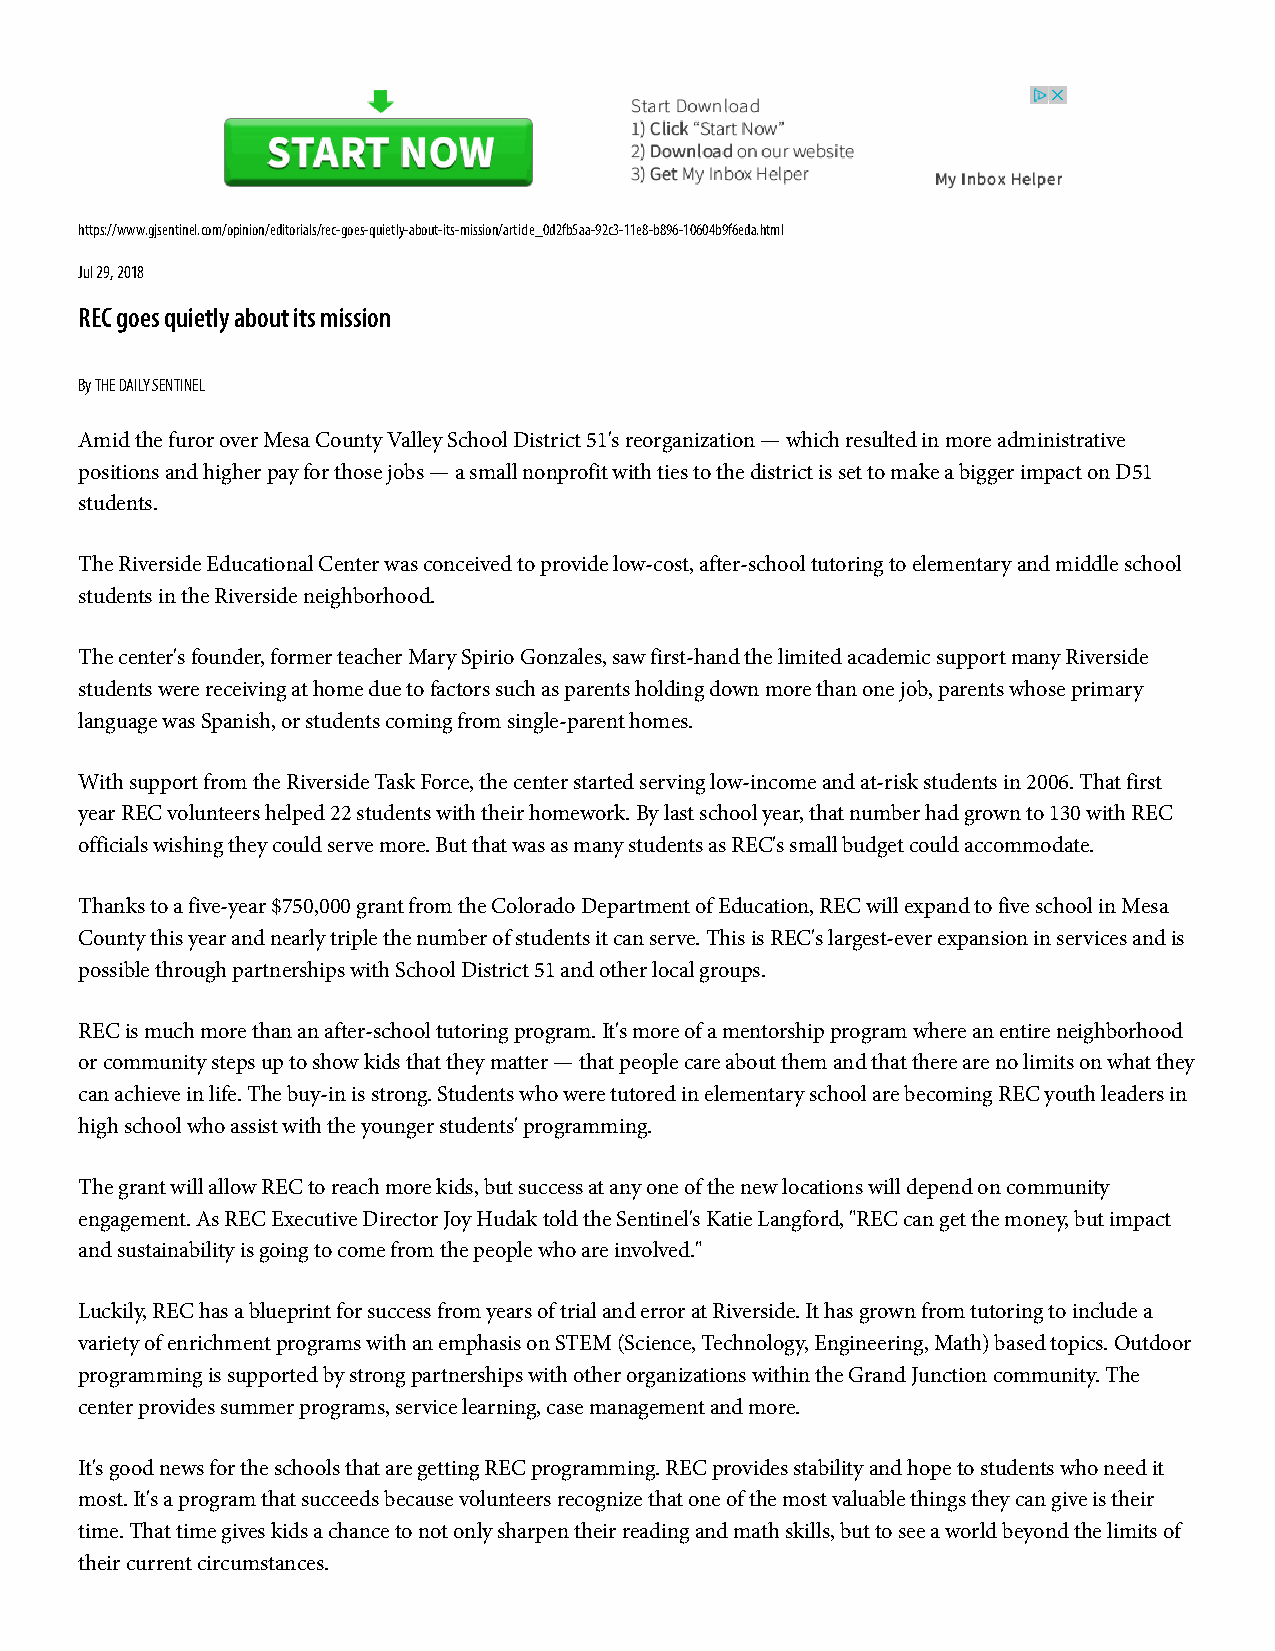
https://www.gjsentinel.com/opinion/editorials/rec-goes-quietly-about-its-mission/article_0d2fb5aa-92c3-11e8-b896-10604b9f6eda.html
 Jul 29, 2018
 REC goes quietly about its mission
 By THE DAILY SENTINEL
 Amid the furor over Mesa County Valley School District 51's reorganization — which resulted in more administrative
 positions and higher pay for those jobs — a small nonprofit with ties to the district is set to make a bigger impact on D51
 students.
 The Riverside Educational Center was conceived to provide low-cost, after-school tutoring to elementary and middle school
 students in the Riverside neighborhood.
 The center's founder, former teacher Mary Spirio Gonzales, saw first-hand the limited academic support many Riverside
 students were receiving at home due to factors such as parents holding down more than one job, parents whose primary
 language was Spanish, or students coming from single-parent homes.
 With support from the Riverside Task Force, the center started serving low-income and at-risk students in 2006. That first
 year REC volunteers helped 22 students with their homework. By last school year, that number had grown to 130 with REC
 officials wishing they could serve more. But that was as many students as REC's small budget could accommodate.
 Thanks to a five-year $750,000 grant from the Colorado Department of Education, REC will expand to five school in Mesa
 County this year and nearly triple the number of students it can serve. This is REC's largest-ever expansion in services and is
 possible through partnerships with School District 51 and other local groups.
 REC is much more than an after-school tutoring program. It's more of a mentorship program where an entire neighborhood
 or community steps up to show kids that they matter — that people care about them and that there are no limits on what they
 can achieve in life. The buy-in is strong. Students who were tutored in elementary school are becoming REC youth leaders in
 high school who assist with the younger students' programming.
 The grant will allow REC to reach more kids, but success at any one of the new locations will depend on community
 engagement. As REC Executive Director Joy Hudak told the Sentinel's Katie Langford, "REC can get the money, but impact
 and sustainability is going to come from the people who are involved."
 Luckily, REC has a blueprint for success from years of trial and error at Riverside. It has grown from tutoring to include a
 variety of enrichment programs with an emphasis on STEM (Science, Technology, Engineering, Math) based topics. Outdoor
 programming is supported by strong partnerships with other organizations within the Grand Junction community. The
 center provides summer programs, service learning, case management and more.
 It's good news for the schools that are getting REC programming. REC provides stability and hope to students who need it
 most. It's a program that succeeds because volunteers recognize that one of the most valuable things they can give is their
 time. That time gives kids a chance to not only sharpen their reading and math skills, but to see a world beyond the limits of
 their current circumstances.